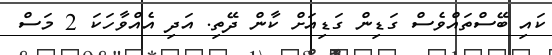
ކައި ބޭސްތައްވެސް ގަޑިން ގަޑިއަށް ކާން ދޭތި. އަދި އެއްވާހަކަ 2 މަސް